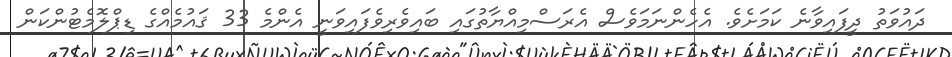
ދައުވަތު ދީފައިވާނެ ކަމަށެވެ. އެހެންނަމަވެސް އެރަސްމިއްޔާތުގައި ބައިވެރިވެފައިވަނީ އެންމެ 33 ޤައުމެއްގެ ޑިޕްލޮމެޓުންކަން